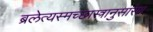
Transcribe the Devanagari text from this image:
ब्रलेत्यस्मच्छास्त्रानुसारेण